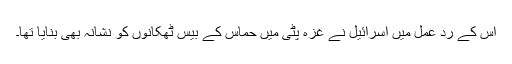
اس کے رد عمل ميں اسرائيل نے غزہ پٹی میں حماس کے بیس ٹھکانوں کو نشانہ بھی بنایا تھا۔